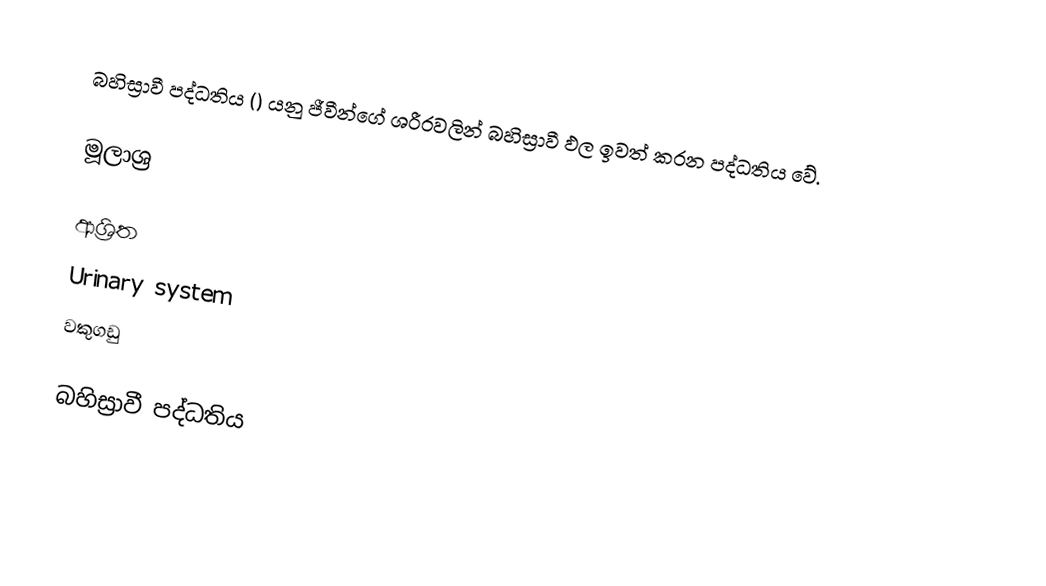
බහිස්‍රාවී පද්ධතිය () යනු ජීවීන්ගේ ශරීරවලින් බහිස්‍රාවී ඵල ඉවත් කරන පද්ධතිය වේ.

මූලාශ්‍ර

ආශ්‍රිත
 Urinary system
 වකුගඩු

බහිස්‍රාවී පද්ධතිය